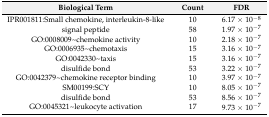
<table><thead><tr><td><b>Biological Term</b></td><td><b>Count</b></td><td><b>FDR</b></td></tr></thead><tbody><tr><td>IPR001811:Small chemokine, interleukin-8-like</td><td>10</td><td>6.17 × 10<sup>−8</sup></td></tr><tr><td>signal peptide</td><td>58</td><td>1.97 × 10<sup>−7</sup></td></tr><tr><td>GO:0008009~chemokine activity</td><td>10</td><td>2.18 × 10<sup>−7</sup></td></tr><tr><td>GO:0006935~chemotaxis</td><td>15</td><td>3.16 × 10<sup>−7</sup></td></tr><tr><td>GO:0042330~taxis</td><td>15</td><td>3.16 × 10<sup>−7</sup></td></tr><tr><td>disulfide bond</td><td>53</td><td>3.22 × 10<sup>−7</sup></td></tr><tr><td>GO:0042379~chemokine receptor binding</td><td>10</td><td>3.97 × 10<sup>−7</sup></td></tr><tr><td>SM00199:SCY</td><td>10</td><td>8.05 × 10<sup>−7</sup></td></tr><tr><td>disulfide bond</td><td>53</td><td>8.56 × 10<sup>−7</sup></td></tr><tr><td>GO:0045321~leukocyte activation</td><td>17</td><td>9.73 × 10<sup>−7</sup></td></tr></tbody></table>